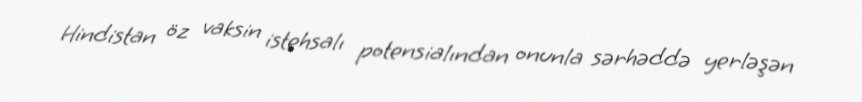
Hindistan öz vaksin istehsalı potensialından onunla sərhəddə yerləşən